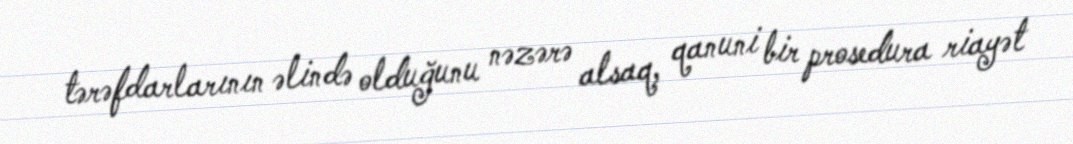
tərəfdarlarının əlində olduğunu nəzərə alsaq, qanuni bir prosedura riayət